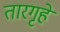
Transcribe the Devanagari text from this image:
तारगृहे